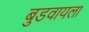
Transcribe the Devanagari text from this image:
बुडवायला